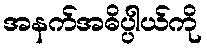
အနက်အဓိပ္ပါယ်ကို